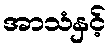
အာသံနှင့်